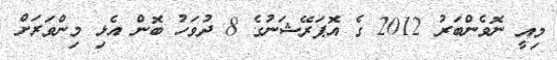
މިއީ ނޮވެންބަރު 2012 ގެ އޮޕަރޭޝަނުގެ 8 ދުވަހު ބޮން އެޅި މިންވަރަށް